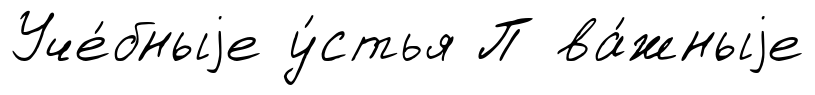
Уче́бныjе у́стья П ва́жныjе